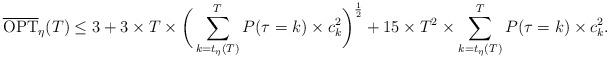
LaTeX: \begin{align*}\overline{\textrm{OPT}}_{\eta}(T) \leq 3 + 3 \times T \times \bigg( \sum_{k = t_{\eta}(T)}^T P(\tau = k) \times c^2_k \bigg)^{\frac{1}{2}} + 15 \times T^2 \times \sum_{k = t_{\eta}(T)}^T P(\tau = k) \times c^2_k.\end{align*}